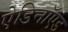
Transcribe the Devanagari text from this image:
ऐडिनॉएड